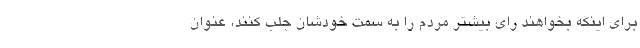
برای اینکه بخواهند رای بیشتر مردم را به سمت خودشان جلب کنند، عنوان